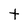
Character: t